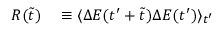
\begin{array} { r l } { R ( \tilde { t } ) } & { { } \equiv \langle \Delta E ( t ^ { \prime } + \tilde { t } ) \Delta E ( t ^ { \prime } ) \rangle _ { t ^ { \prime } } } \end{array}